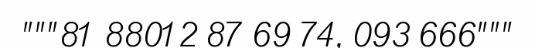
"""81 88012 87 69 74, 093 666"""